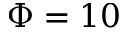
\Phi = 1 0